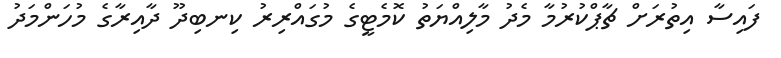
ފައިސާ އިތުރަށް ޗާޕްކުރުމާ މެދު މާލިއްޔަތު ކޮމެޓީގެ މުގައްރިރު ކިނބިދޫ ދާއިރާގެ މުހަންމަދު